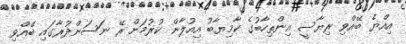
އިއްޔެ ބޭއްވި ރިޔާސީ އިންތިހާބުގެ ކާމިޔާބު އިއުލާން ކުރުމަށް ރޭ ނަސަންދުރާގައި ބޭއްވި